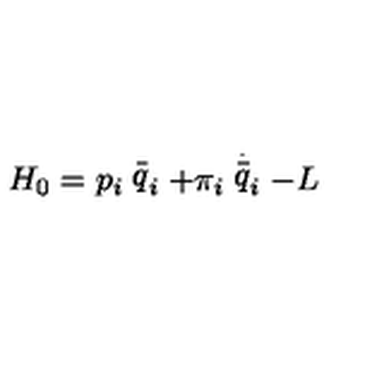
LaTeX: H _ { 0 } = p _ { i } \stackrel { \_ } { q } _ { i } + \pi _ { i } \stackrel { \stackrel { . } { \_ } } { q } _ { i } - L